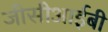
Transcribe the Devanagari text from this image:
जीसीआईबी